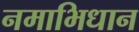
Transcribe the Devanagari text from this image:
नमाभिधान